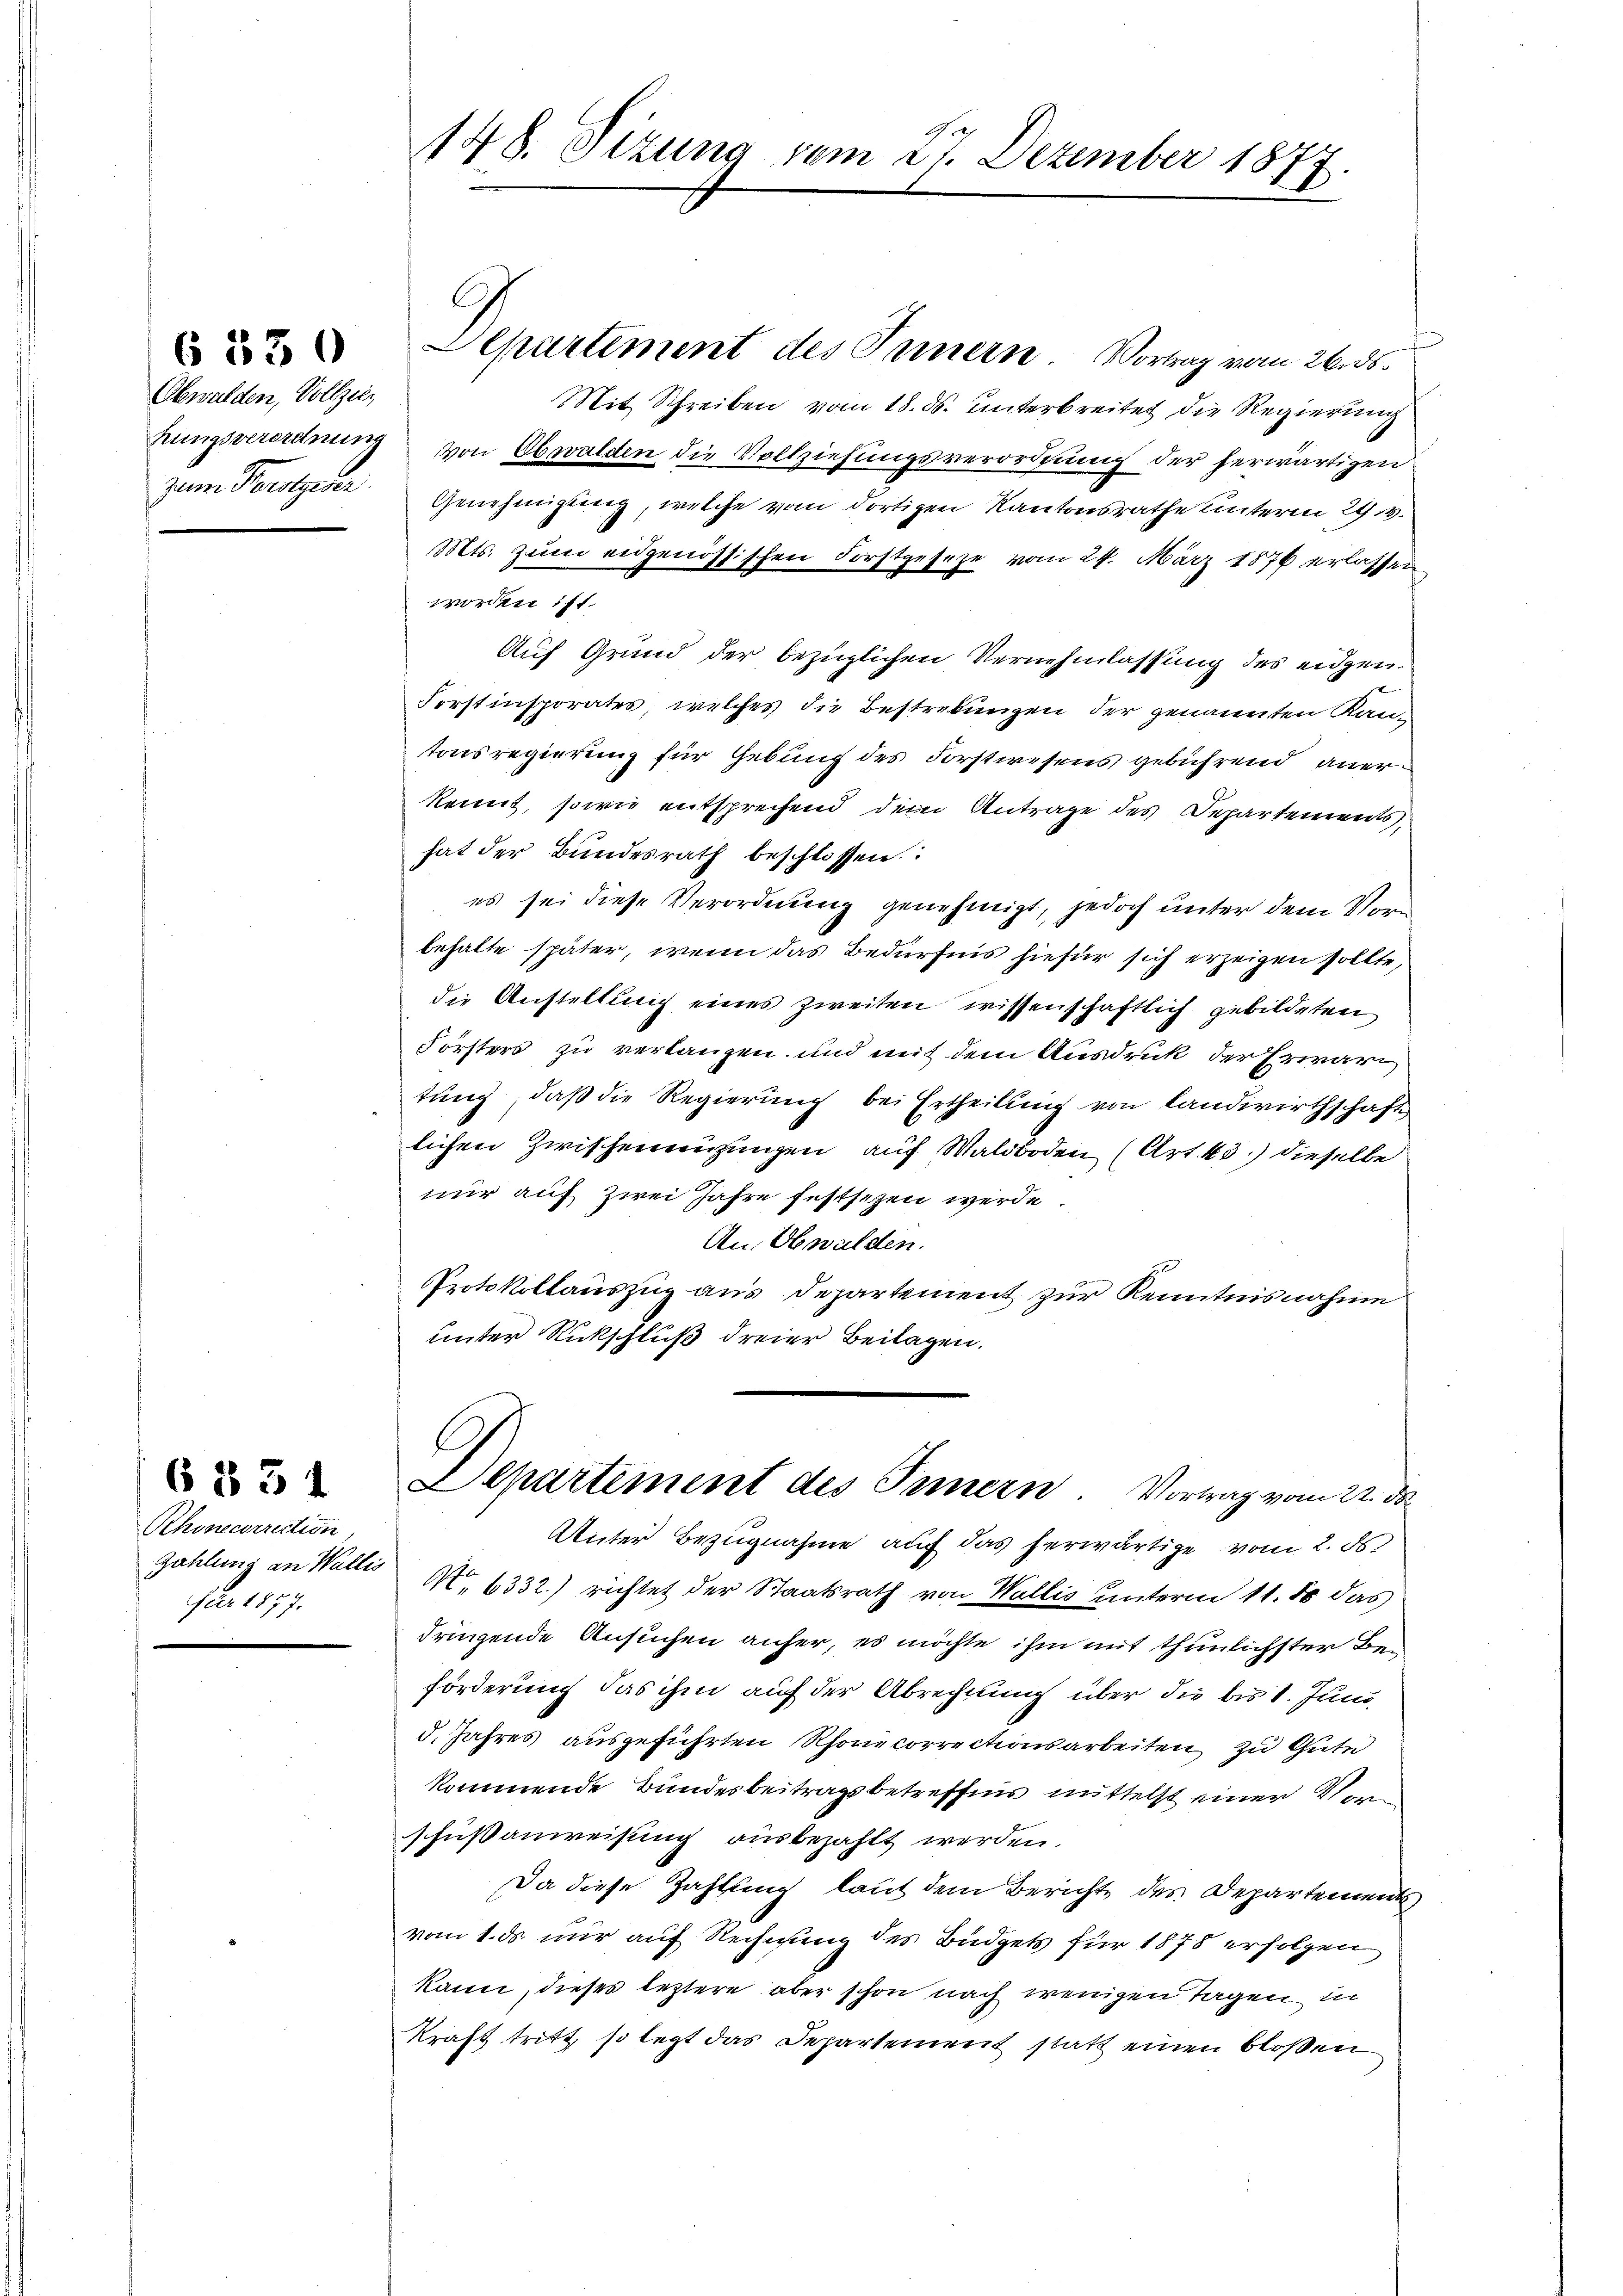
Obwalden, Vollziezum Presserer

6 330

Rhonecorrection
Zahlung an Wallis
fier 1877.

6 § 31

Aepartement des Innern. Vortrag vom 26. ds.
Mit Schreiben vom 18. ds. unterbreitet die Regierung
hrungsverordnung von Obwalden die Vollziehungsverordnung der herwärtigen
Genehmigung, welche vom dortigen Kantonsrathe unterm 29. v.
Mts. zum eidgenössischen Forstgeseze vom 24. März 1876 erlassen
worden ist.
Auf Grund der bezüglichen Vernehmlassung des eidgen.
Forstinsporates, welches die Bestrebungen der genannten Kantonsregierung für Gebung des Forstwesens gebührend anerkennt, sowie entsprechend dem Antrage des Departements,
hat der Bundesrath beschlossen:
es sei diese Verordnung genehmigt, jedoch unter dem Vorbehalte später, wenn das Bedürfnis hiefür sich erzeigen sollte,
die Anstellung eines zweiten wissenschaftlich gebildeten
Försters zu verlangen und mit dem Ausdruck der Erwart
tung, daß die Regierung bei Ertheilung von Landwirthschafte
lichen Zwischenenzungen auf Waldboden (Art. 43) dieselbe
nur auf zwei Jahre festsezen werde.
An Obwalden.
Protokollauszug aus Departement zur Kenntnisnahme
unter Rückschluß dreier Beilagen.

A
148. Sizung vom 21. Dezember 1877.

E
Departement des Innern. Vortrag vom 22. de

Unter Bezugnahme auf das herwärtige vom 2. ds.
 6332) richtet der Staatsrath von Wallis unterm 11. 80 das
dringende Ansuchen anfer, es möchte ihm mit thunlichster Beförderung das ihm auf der Abrechnung über die bis 1. Juni
3. Jahres ausgeführten Rhonecorrectionsarbeiten zu Güte
kommende Bundesbeitragsbetreffnis mittelst einer Ver
schußanweisung ausbezahlt werden.
Da diese Zahlung laut dem Berichte des Departement
vom 1. ds. nur auf Rechnung des Büdgets für 1878 erfolgen
kann, dieses leztere aber schon nach wenigen Tagen in
Kraft tritt, so legt das Departement statt einen bloßen